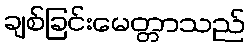
ချစ်ခြင်းမေတ္တာသည်